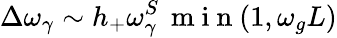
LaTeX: \Delta\omega_{\gamma}\sim h_{+}\omega_{\gamma}^{S}\, \mathrm{~m~i~n~}(1,\omega_{g}L)